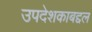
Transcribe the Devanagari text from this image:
उपदेशकाबद्दल